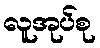
လူအုပ်စု